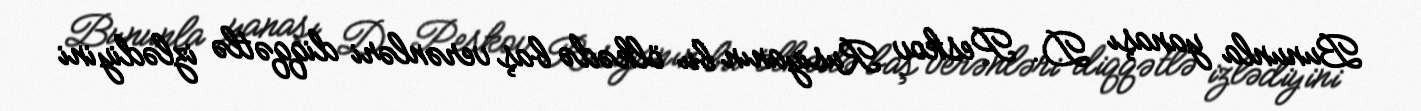
Bununla yanaşı D. Peskov Rusiyanın bu ölkədə baş verənləri diqqətlə izlədiyini